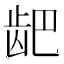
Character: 𫜨